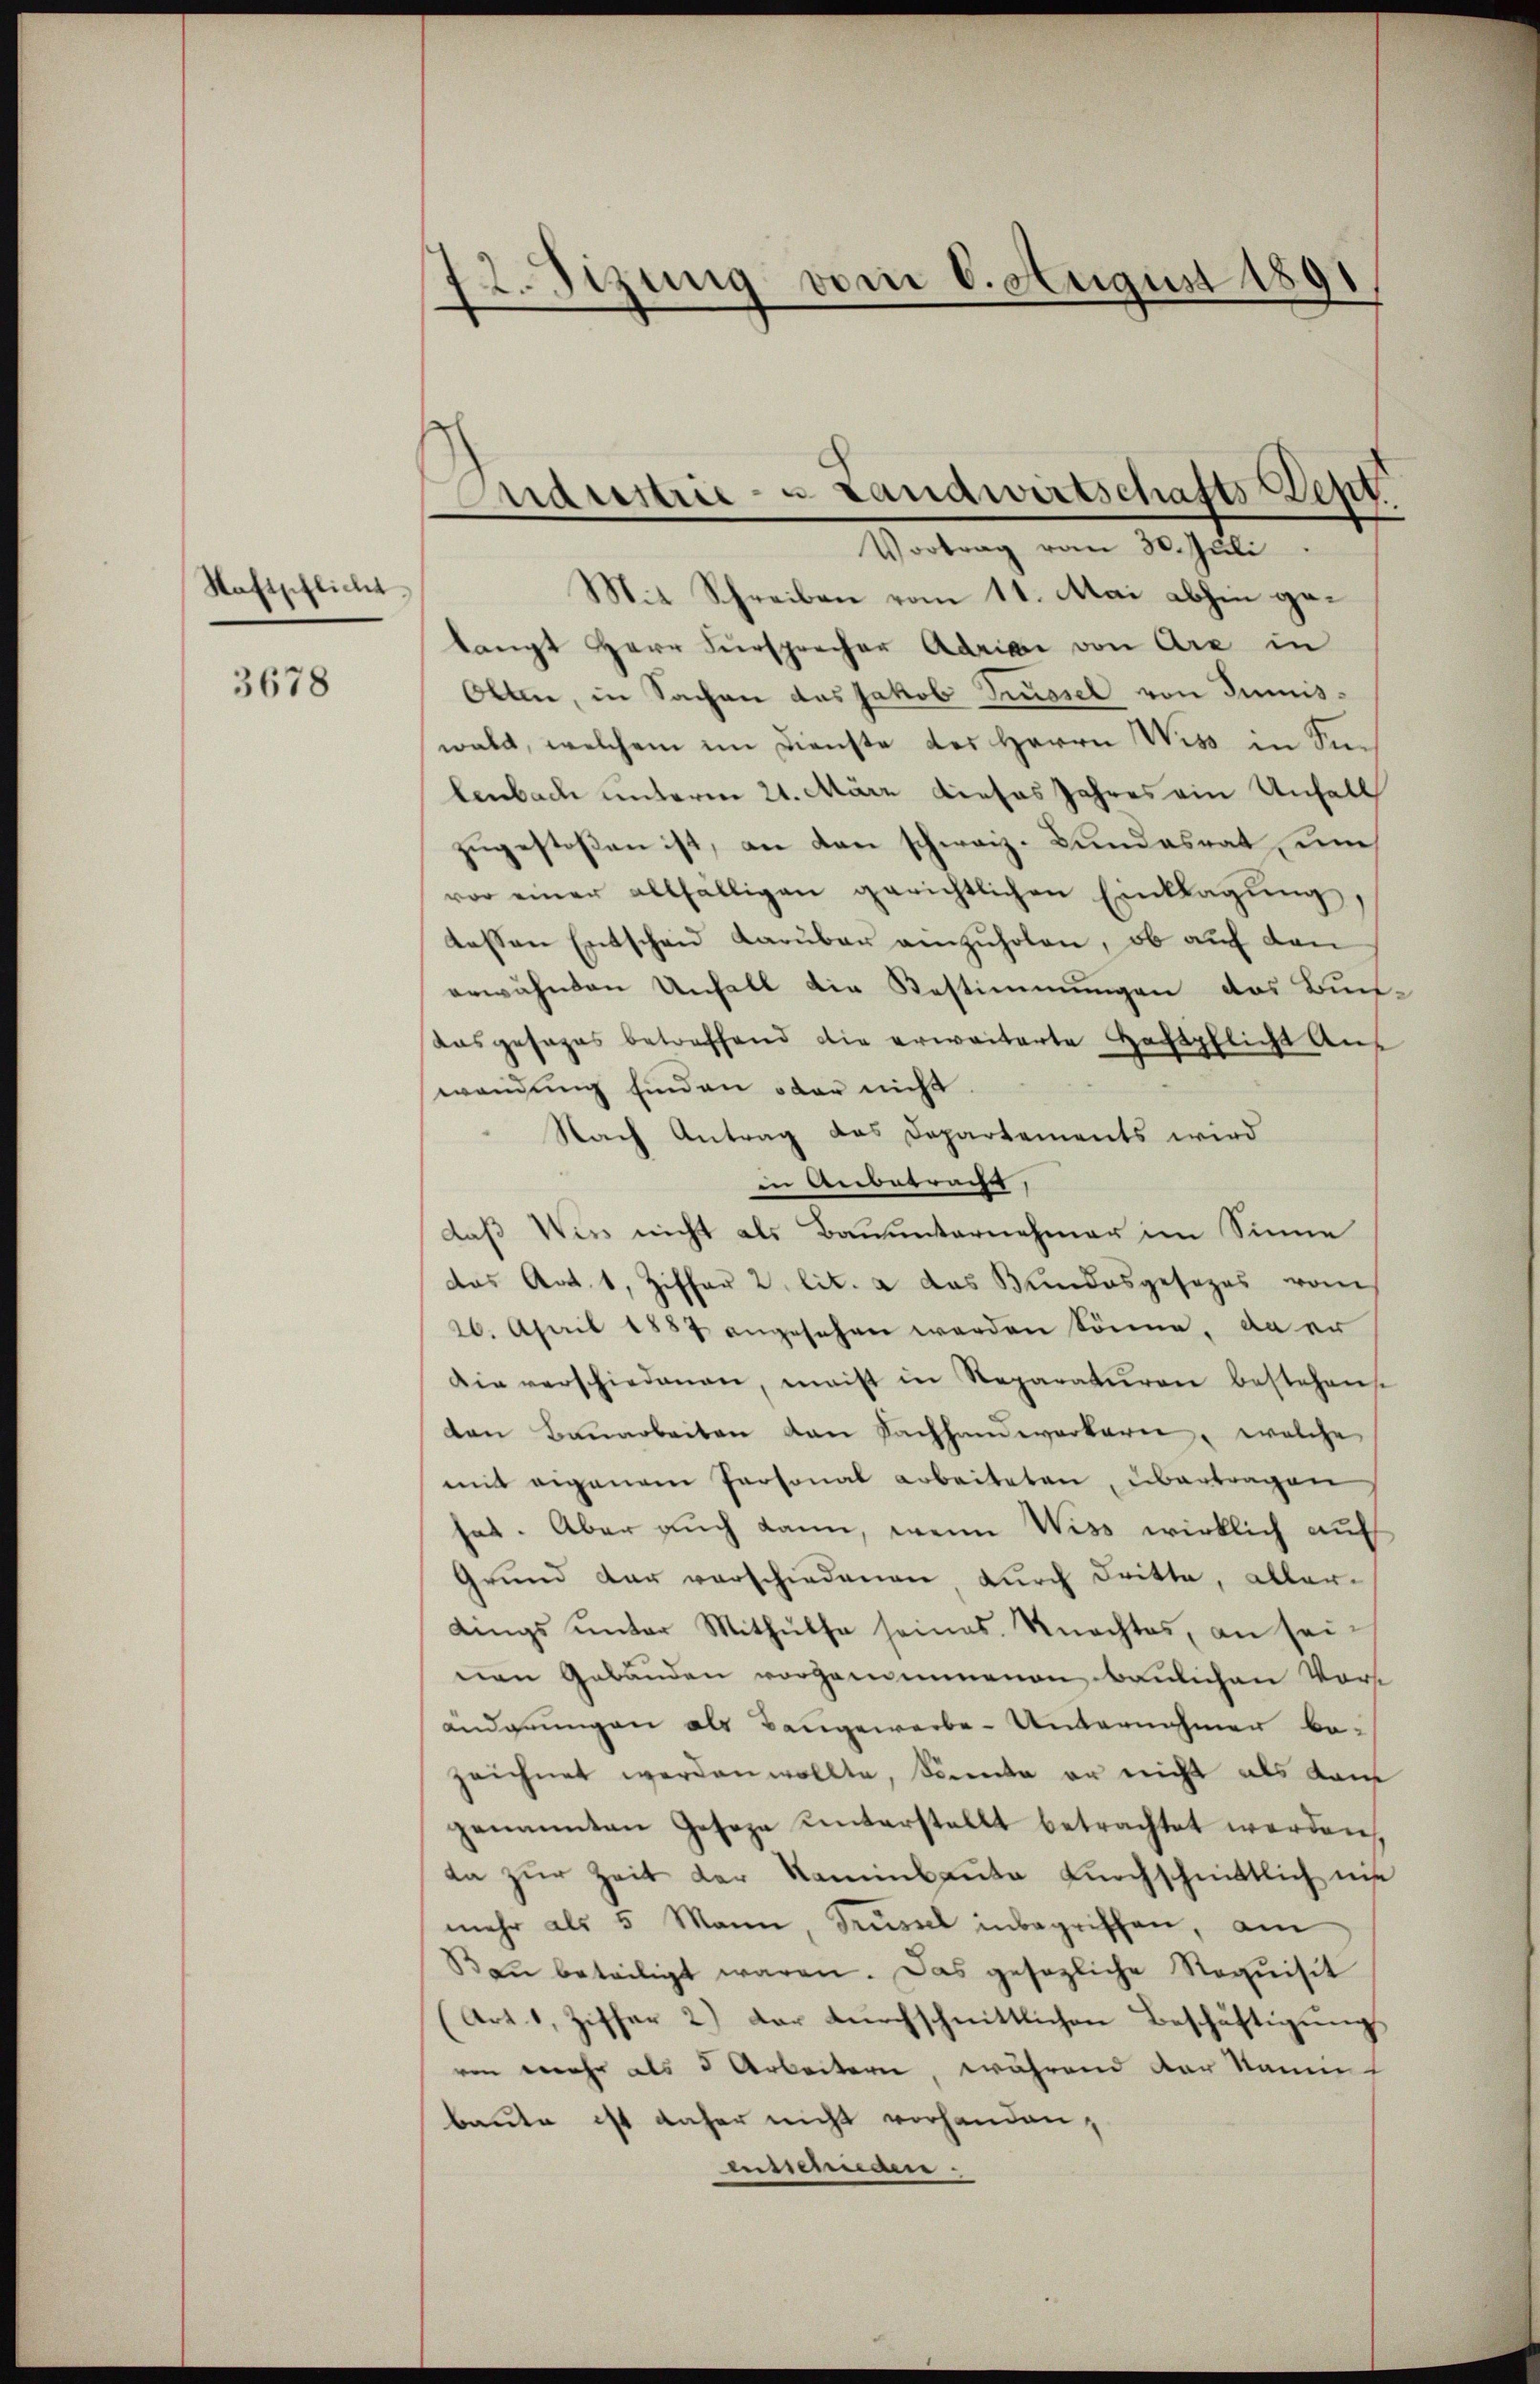
Saftpflicht

3678

72. Sizung vom 6. August 1891
d

Industrie - u. Landwirtschafts-Dept.
Vortrag vom 30. Juli

Mit Schreiben vom 11. Mai abhin gelangt Herr Fürsprecher Adriae von Are in
Olten, in Sachen das Jakob Trüssel von Juniswald, welchem im Dienste des Herrn Wiss in Selenbach unterm 21. März dieses Jahres ein Unfall
zugestoßen ist, an den schweiz. Bundesrat seine
vor einer allfälligen gerichtlichen Einklagŭng,
dessen Entschau darüber anzŭholen, ob auf den
erwähnten Unfall die Bestimmungen das Bun-
das gesages betreffend die erweiterte Haftpflicht auf
wendung finden oder nicht
Nach Antrag das Departements wird
in Anbetracht,
daß Wiss nicht als Bauunternehmer im Sinne
das Art. 1, Ziffer 2. lit. a das Bundesgesezes vom
26. April 1887 angesehen werden könne, da er
Die verschiedenen, meist in Reparaturen bestehense
ton Bauarbeiten dan Fachhandwerkerei, welche
mit eigenem Personal arbeiteten, übertragen
hat. Aber auch kann, wenn Wiss wirklich auf
Grund der verschiedenen, durch dritte, aller-
dings unter Mithülfe seines Knachtes, an seinen Gebäuden vorgenommenen baulichen Vor
änderungen als Bangewerbe-Unternahmen be-
zeichnet werden wollte, könnte er nicht als dam
genannten Geseze unterstellt betrachtet werden,
ta zŭr Zeit der Kaminbaŭte dŭrchschnittlich ni
mehr als 5 Mann, Trüssel inbegriffen, am
Baŭ beteiligt waren. Das gesezliche Requisit
(Art. 1, Ziffer 2) der dŭrchschnittlichen Beschäftigung
von mehr als 5 Arbeitern, während der kannt
baute ist daher nicht vorhanden,
ensschieden.